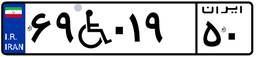
۶۹W۰۱۹۵۰